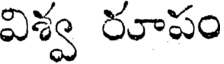
విశ్వ రూపం